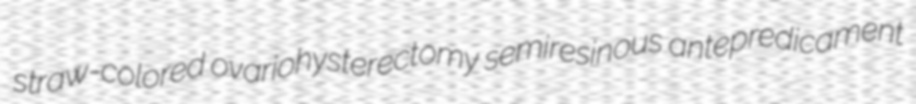
straw-colored ovariohysterectomy semiresinous antepredicament